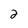
Character: 2